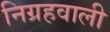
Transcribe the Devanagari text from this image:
निग्रहवाली